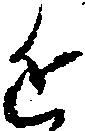
近